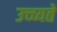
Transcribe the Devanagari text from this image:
उच्च्यते